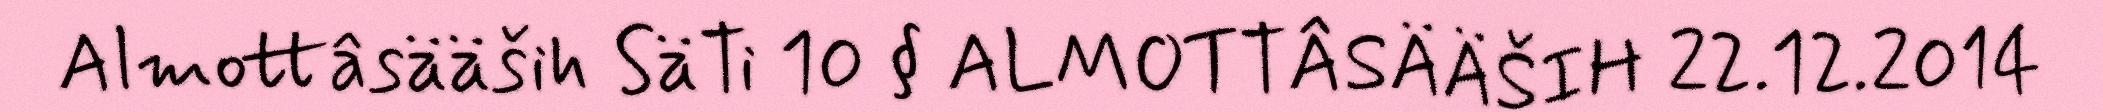
Almottâsääših SäTi 10 § ALMOTTÂSÄÄŠIH 22.12.2014